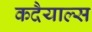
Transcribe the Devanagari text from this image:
कदैयाल्स